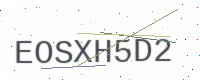
Text: EOSXH5D2